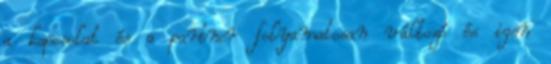
a kapcsolat és a partner folyamatosan változó és igen